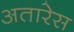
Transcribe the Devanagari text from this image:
अतारेस